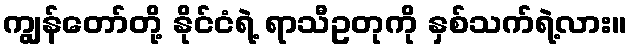
ကျွန်တော်တို့ နိုင်ငံရဲ့ ရာသီဥတုကို နှစ်သက်ရဲ့လား။